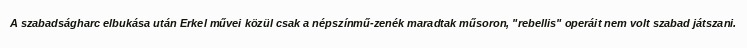
A szabadságharc elbukása után Erkel művei közül csak a népszínmű-zenék maradtak műsoron, "rebellis" operáit nem volt szabad játszani.